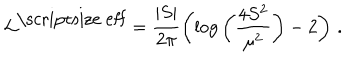
LaTeX: { \cal L } ^ { \mathrm { \scriptsize ~ e f f } } = \frac { | S | } { 2 \pi } \left( \log { \left( \frac { 4 S ^ { 2 } } { \mu ^ { 2 } } \right) } - 2 \right) \, .